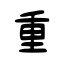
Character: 重